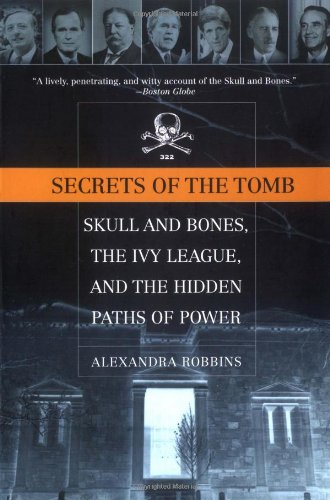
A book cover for Secrets of the Tomb: Skull and Bones, the Ivy League, and the Hidden Paths of Power; Alexandra Robbins; Religion & Spirituality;